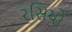
રસિયો